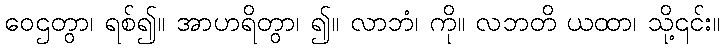
ဝေဌတွာ၊ ရစ်၍။ အာဟရိတွာ၊ ၍။ လာဘံ၊ ကို။ လဘတိ ယထာ၊ သို့၎င်း။